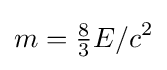
m={\tfrac {8}{3}}E/c^{2}